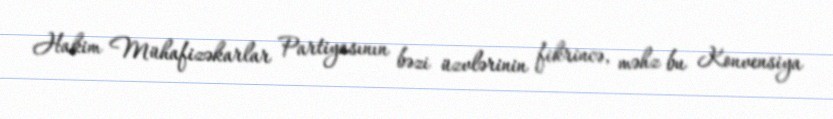
Hakim Mühafizəkarlar Partiyasının bəzi üzvlərinin fikrincə, məhz bu Konvensiya